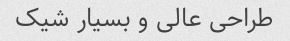
طراحی عالی و بسیار شیک